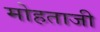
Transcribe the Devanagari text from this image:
मोहताजी